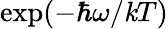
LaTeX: \exp(-\hbar\omega/\mathit{k}T)